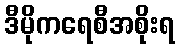
ဒီမိုကရေစီအစိုးရ